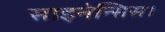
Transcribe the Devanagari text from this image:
साइनेन्सिस।